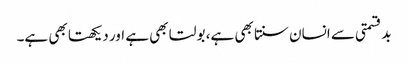
بدقسمتی سے انسان سنتا بھی ہے، بولتا بھی ہے اور دیکھتا بھی ہے۔